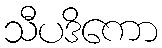
သီပဒိကော